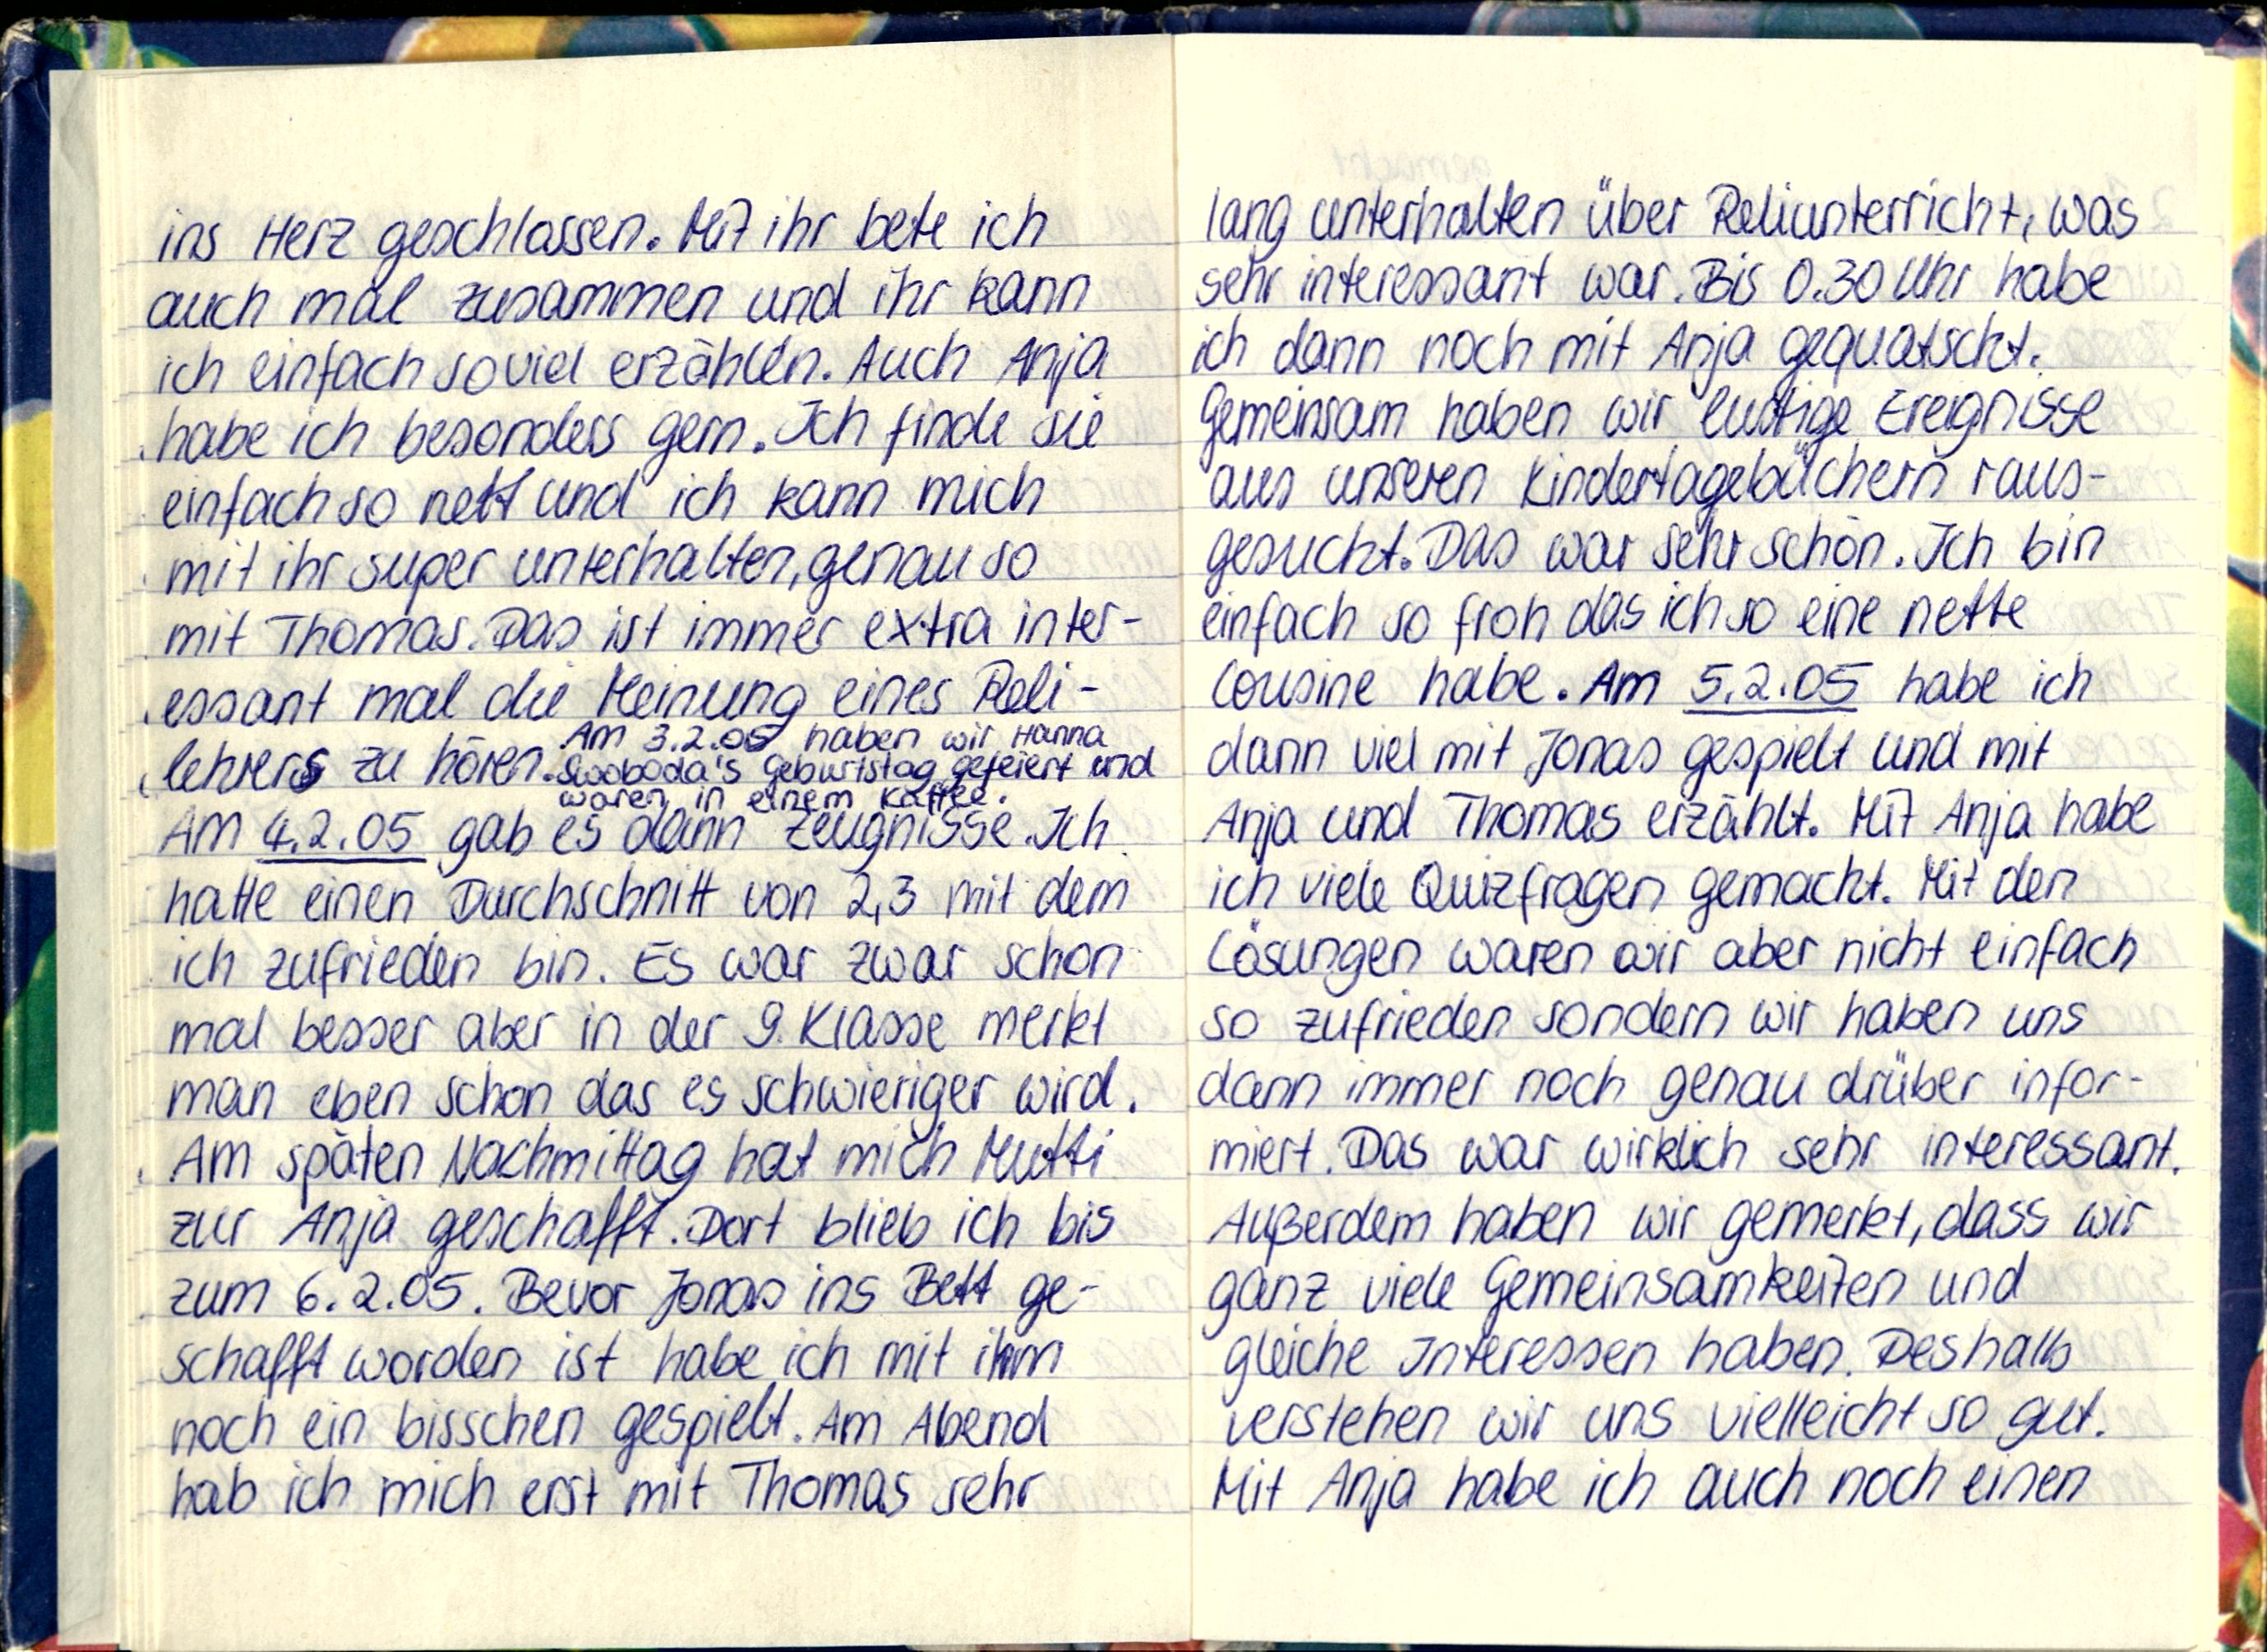
ins Herz geschlossen. Mit ihr bete ich
auch mal zusammen und ihr kann
ich einfach so viel erzählen. Auch Anja
habe ich besonders gern. Ich finde sie
einfach so nett und ich kann mich
mit ihr super unterhlaten, genauso
mit Thomas. Das ist immer extra inter-
essant mal die Meinung eines Reli-
lehrers zu hören. Swoboda's Geburtstag gefeiert und
Am 3.2.05 haben wir Hanna
waren in einem Kaffee.
Am 4.2.05 gab es dann Zeugnisse. Ich
hatte einen Durchschnitt von 2,3 mit dem
ich zufrieden bin. Es war zwar schon
mal besser aber in der 9. Klasse merkt
man eben schon das es schweriger wird.
Am späten Nachmittag hat mich Mutti
zur Anja geschafft. Dort blieb ich bis
zum 6.2.05. Bevor Jonas ins Bett ge-
schafft worden ist habe ich mit ihm
noch ein bisschen gespielt. Am Abend
hab ich mich erst mit Thomas sehr

lang unterhalten über Reliunterricht, was
sehr interssant war. Bis 0.30 Uhr habe
ich dann noch mit Anja gequatscht.
Gemeinsam haben wir lustige Ereignisse
aus unseren Kindertagebüchern raus-
gesucht. Das war sehr schön. Ich bin
einfach so froh das ich so eine nette
Cousine habe. Am 5.2.05 habe ich
dann viel mit Jonas gespielt und mit
Anja und Thomas erzählt. Mit Anja habe
ich viele Quizfragen gemacht. Mit den
Lösungen waren wir aber nicht einfach
so zufrieden sondern wir haben uns
dann immer noch genau drüber infor-
miert. Das war wirklich sehr interssant.
Außerdem haben wir gemerkt, dass wir
ganz viele Gemeinsamkeiten und
gleiche Interessen haben. Deshalb
verstehen wir uns vielleicht so gut.
Mit Anja habe ich auch noch einen